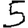
Digit: 5